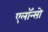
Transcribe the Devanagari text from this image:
एलॉन्सो